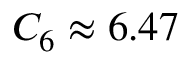
C _ { 6 } \approx 6 . 4 7